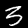
Label: 3